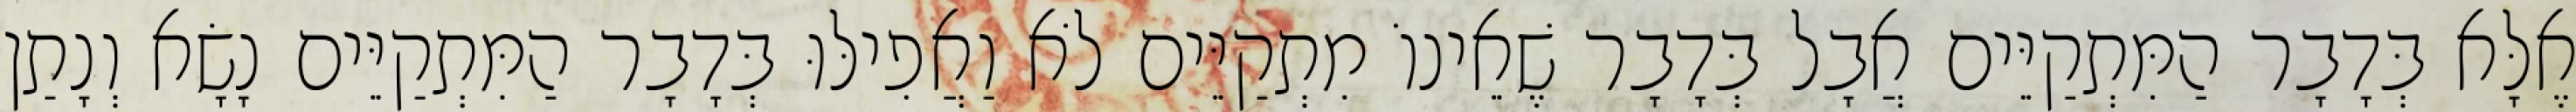
אֶלָּא בְּדָבָר הַמִּתְקַיֵּים אֲבָל בְּדָבָר שֶׁאֵינוֹ מִתְקַיֵּים לֹא וַאֲפִילּוּ בְּדָבָר הַמִּתְקַיֵּים נָשָׂא וְנָתַן